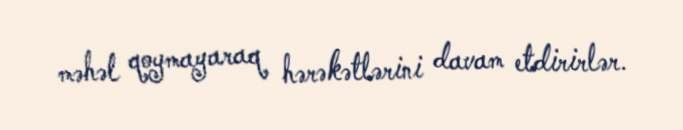
məhəl qoymayaraq hərəkətlərini davam etdirirlər.